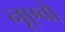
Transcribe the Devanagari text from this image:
नूएवो